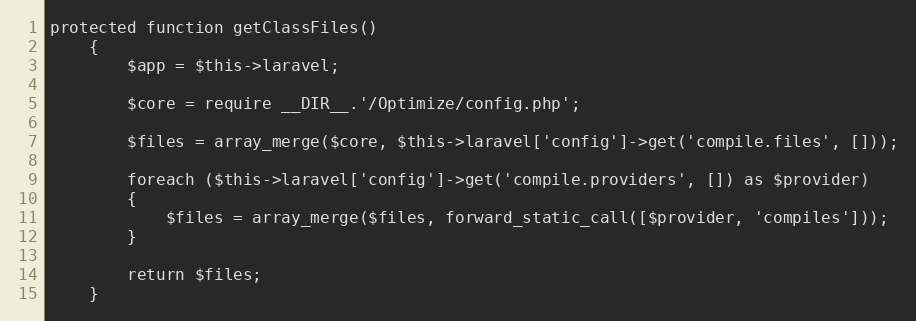
Language: PHP
protected function getClassFiles()
	{
		$app = $this->laravel;

		$core = require __DIR__.'/Optimize/config.php';

		$files = array_merge($core, $this->laravel['config']->get('compile.files', []));

		foreach ($this->laravel['config']->get('compile.providers', []) as $provider)
		{
			$files = array_merge($files, forward_static_call([$provider, 'compiles']));
		}

		return $files;
	}